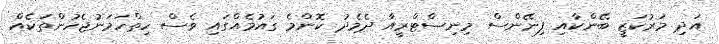
އަދި މަރުކަޒީ ބޭންކާއި ފިނޭންސް މިނިސްޓްރީއާ ދެމެދު ކޮންމެ ގައުމެއްގައި ވެސް ހިތްހަމަނުޖެހުންތަކެއް